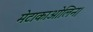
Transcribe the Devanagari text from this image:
मेटाकाओलिन।